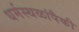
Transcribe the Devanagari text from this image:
धर्मस्थळांपैकी